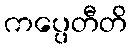
ကပ္ပေတီတိ